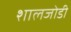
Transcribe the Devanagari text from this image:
शालजोडी